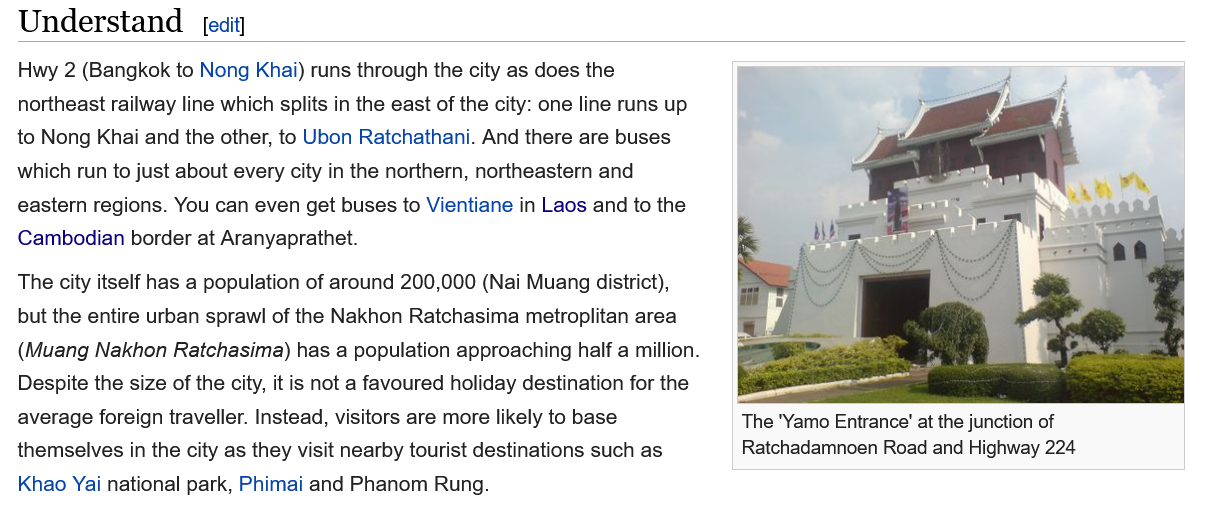
Hwy  2 (Bangkok to Nong Khai) runs through the city as does the
  northeast railway line which splits in the east of the city: one line runs up
  to Nong Khai and the other, to Ubon Ratchathani. And there are buses
  which run to just about every city in the northern, northeastern and
  eastern regions. You can even get buses to Vientiane in Laos and to the
  Cambodian  border at Aranyaprathet.
  The city itself has a population of around 200,000 (Nai Muang district),
  but the entire urban sprawl of the Nakhon Ratchasima metroplitan area
  (Muang  Nakhon Ratchasima) has a population approaching half a million.
  Despite the size of the city, it is not a favoured holiday destination for the
  average foreign traveller. Instead, visitors are more likely to base
  themselves in the city as they visit nearby tourist destinations such as
  Khao Yai national park, Phimai and Phanom Rung.
  Understand    [edit]
     The "Yamo Entrance’ at the junction of
     Ratchadamnoen Road and Highway 224